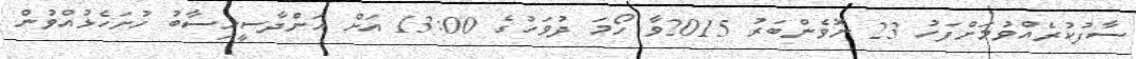
ސާފުކުރެއްވުމަށްފަހު 23 ނޮވެންބަރު 2015ވާ ހޯމަ ދުވަހުގެ 13:00 އަށް އަންދާސީހިސާބު ހުށަހެޅުއްވުން